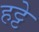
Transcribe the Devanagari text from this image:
हट्टे